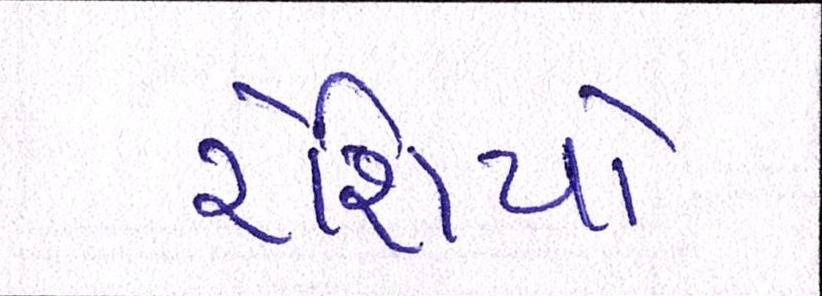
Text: રેશિયો